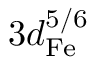
3 d _ { \mathrm { F e } } ^ { 5 / 6 }